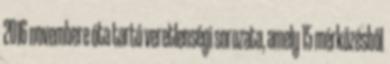
2016 novembere óta tartó veretlenségi sorozata, amely 15 mérkőzésből